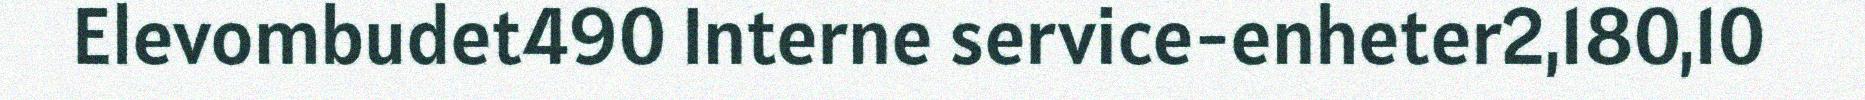
Elevombudet490 Interne service-enheter2,180,10